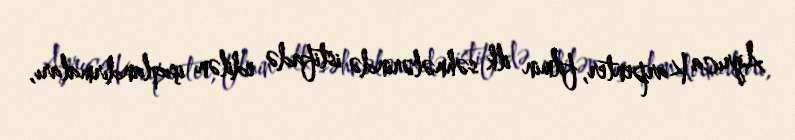
Ayrıca Karpenter, filmin ilk səhnələrində istifadə edilən işıqlandırmaları,